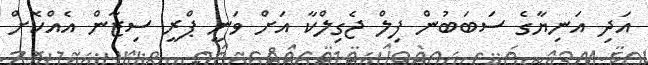
އަދި އަނިޔާގެ ސަބަބުން ފިލް ޖެގިލްކާ އަށް ވަނީ ޕްރީ ސިޒާން އެއްކޮށް